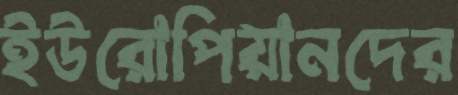
ইউরোপিয়ানদের